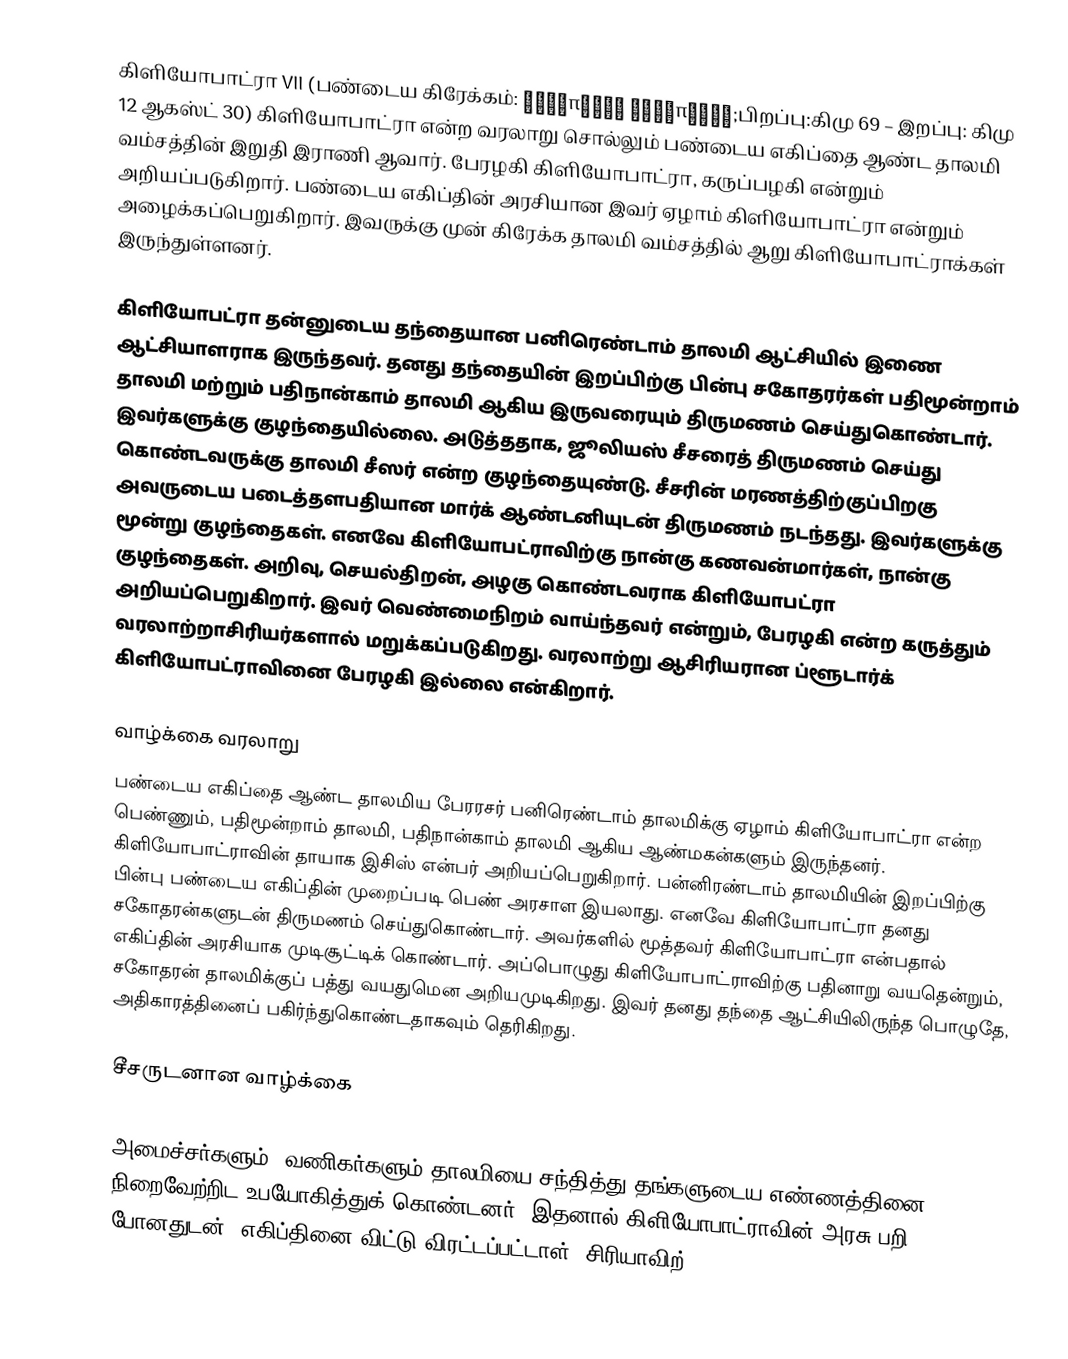
கிளியோபாட்ரா VII (பண்டைய கிரேக்கம்: Κλεοπάτρα Φιλοπάτωρ;பிறப்பு:கிமு 69  – இறப்பு: கிமு 12 ஆகஸ்ட் 30) கிளியோபாட்ரா என்ற வரலாறு சொல்லும் பண்டைய எகிப்தை ஆண்ட தாலமி வம்சத்தின் இறுதி இராணி ஆவார். பேரழகி கிளியோபாட்ரா, கருப்பழகி என்றும் அறியப்படுகிறார். பண்டைய எகிப்தின் அரசியான இவர் ஏழாம் கிளியோபாட்ரா என்றும் அழைக்கப்பெறுகிறார். இவருக்கு முன் கிரேக்க தாலமி வம்சத்தில் ஆறு கிளியோபாட்ராக்கள் இருந்துள்ளனர்.

கிளியோபட்ரா தன்னுடைய தந்தையான பனிரெண்டாம் தாலமி ஆட்சியில் இணை ஆட்சியாளராக இருந்தவர். தனது தந்தையின் இறப்பிற்கு பின்பு சகோதரர்கள் பதிமூன்றாம் தாலமி மற்றும் பதிநான்காம் தாலமி ஆகிய இருவரையும் திருமணம் செய்துகொண்டார். இவர்களுக்கு குழந்தையில்லை. அடுத்ததாக,  ஜூலியஸ் சீசரைத் திருமணம் செய்து கொண்டவருக்கு தாலமி சீஸர் என்ற குழந்தையுண்டு. சீசரின் மரணத்திற்குப்பிறகு அவருடைய படைத்தளபதியான மார்க் ஆண்டனியுடன் திருமணம் நடந்தது. இவர்களுக்கு மூன்று குழந்தைகள். எனவே கிளியோபட்ராவிற்கு நான்கு கணவன்மார்கள், நான்கு குழந்தைகள். அறிவு, செயல்திறன், அழகு கொண்டவராக கிளியோபட்ரா அறியப்பெறுகிறார். இவர் வெண்மைநிறம் வாய்ந்தவர் என்றும், பேரழகி என்ற கருத்தும் வரலாற்றாசிரியர்களால் மறுக்கப்படுகிறது. வரலாற்று ஆசிரியரான ப்ளூடார்க் கிளியோபட்ராவினை பேரழகி இல்லை என்கிறார்.

வாழ்க்கை வரலாறு
பண்டைய எகிப்தை ஆண்ட தாலமிய பேரரசர் பனிரெண்டாம் தாலமிக்கு ஏழாம் கிளியோபாட்ரா என்ற பெண்ணும்,  பதிமூன்றாம் தாலமி, பதிநான்காம் தாலமி ஆகிய ஆண்மகன்களும் இருந்தனர். கிளியோபாட்ராவின் தாயாக இசிஸ் என்பர் அறியப்பெறுகிறார். பன்னிரண்டாம் தாலமியின் இறப்பிற்கு பின்பு பண்டைய எகிப்தின் முறைப்படி பெண் அரசாள இயலாது. எனவே கிளியோபாட்ரா தனது சகோதரன்களுடன் திருமணம் செய்துகொண்டார். அவர்களில் மூத்தவர் கிளியோபாட்ரா என்பதால் எகிப்தின் அரசியாக முடிசூட்டிக் கொண்டார். அப்பொழுது கிளியோபாட்ராவிற்கு பதினாறு வயதென்றும், சகோதரன் தாலமிக்குப் பத்து வயதுமென அறியமுடிகிறது. இவர் தனது தந்தை ஆட்சியிலிருந்த பொழுதே, அதிகாரத்தினைப் பகிர்ந்துகொண்டதாகவும் தெரிகிறது.

சீசருடனான வாழ்க்கை

அமைச்சர்களும், வணிகர்களும் தாலமியை சந்தித்து தங்களுடைய எண்ணத்தினை நிறைவேற்றிட உபயோகித்துக் கொண்டனர். இதனால் கிளியோபாட்ராவின் அரசு பறி போனதுடன், எகிப்தினை விட்டு விரட்டப்பட்டாள். சிரியாவிற்